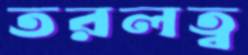
তরলত্ব